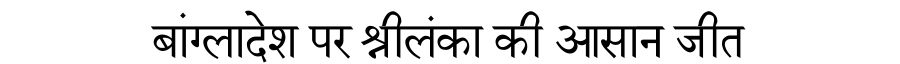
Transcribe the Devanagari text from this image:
बांग्लादेश पर श्रीलंका की आसान जीत